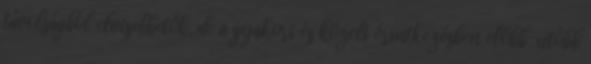
távolságból elviselhetők, de a gyakori és közeli érintkezésben előbb-utóbb